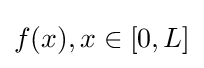
f(x),x\in [0,L]